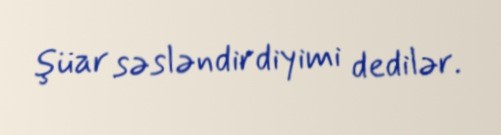
şüar səsləndirdiyimi dedilər.